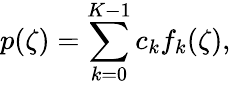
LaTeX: p(\zeta)=\sum_{k=0}^{K-1}c_{k}f_{k}(\zeta),